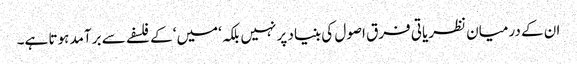
ان کے درمیان نظریاتی فرق اصول کی بنیاد پر نہیں بلکہ ‘میں‘ کے فلسفے سے برآمد ہوتا ہے۔